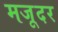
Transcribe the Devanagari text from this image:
मजूदर